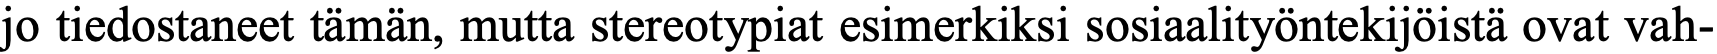
jo tiedostaneet tämän, mutta stereotypiat esimerkiksi sosiaalityöntekijöistä ovat vah-